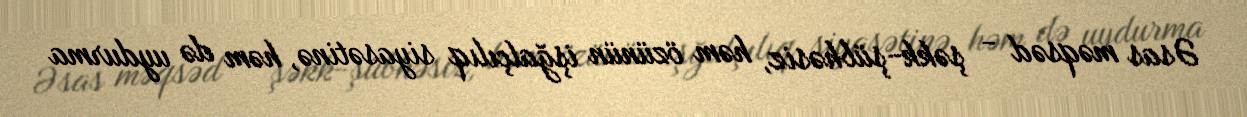
Əsas məqsəd - şəkk-şübhəsiz, həm özünün işğalçılıq siyasətinə, həm də uydurma